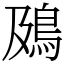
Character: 䲯